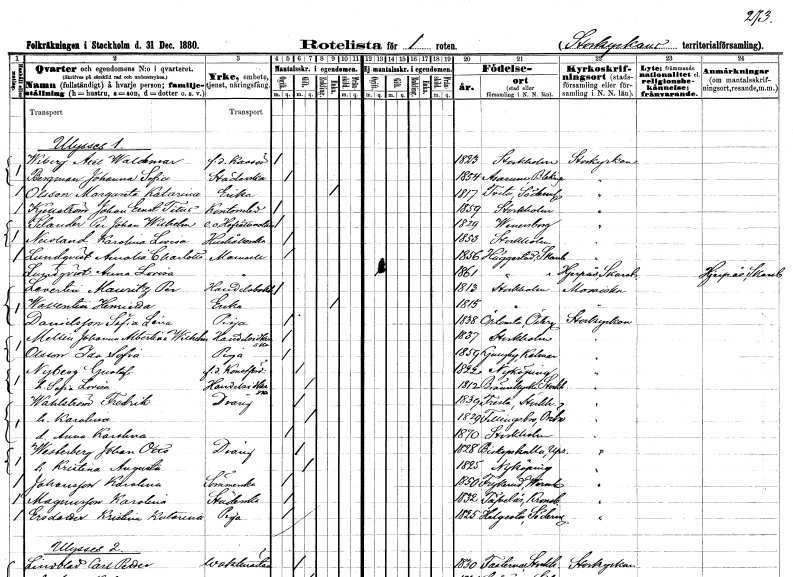
gt_parse: households: individuals: FN: Axel Waldemar
EN: Wiberg
YRKE: Kassör f.d.
KON: M
CIV: O
FODAR: 1823
FODFORS: Stockholm
FN: Johanna Sofia
EN: Bergman
YRKE: Städerska
KON: K
CIV: O
FODAR: 1854
FODFORS: Asarum Blekinge län
FN: Margareta Katarina
EN: Olsson
YRKE: Änka
KON: K
CIV: E
FODAR: 1817
FODFORS: Tveta Stockholms län
FN: Johan Ernst Titus
EN: Kjellström
YRKE: Kontorselev
KON: M
CIV: O
FODAR: 1859
FODFORS: Stockholm
FN: Per Johan Wilhelm
EN: Schlauder
YRKE: Hovrättsnotarie e. o.
KON: M
CIV: O
FODAR: 1819
FODFORS: Vänersborg Älvsborgs län
FN: Karolina Lovisa
EN: Nervald
YRKE: Hushållerska
KON: K
CIV: O
FODAR: 1853
FODFORS: Stockholm
FN: Amalia Charlotta
EN: Lundqvist
KON: K
CIV: O
FODAR: 1856
FODFORS: Häggesled Skaraborgs län
FN: Anna Lovisa
EN: Lundqvist
KON: K
CIV: O
FODAR: 1861
FODFORS: Häggesled Skaraborgs län
FN: Mauritz Per
EN: Levertin
YRKE: Handelsbokhållare
KON: M
CIV: O
FODAR: 1813
FODFORS: Stockholm
FN: Henrika
EN: Wallentin
YRKE: Änka
KON: K
CIV: E
FODAR: 1815
FODFORS: Stockholm
FN: Sofia Lena
EN: Danielsson
YRKE: Piga
KON: K
CIV: O
FODAR: 1838
FODFORS: Örtomta Östergötlands län
FN: Johanna Albertina Wilhelmina
EN: Mellin
YRKE: Handelsidkerska
KON: K
CIV: O
FODAR: 1837
FODFORS: Stockholm
FN: Ida Sofia
EN: Olsson
YRKE: Piga
KON: K
CIV: O
FODAR: 1859
FODFORS: Ljungby Kalmar län
FN: Gustaf
EN: Nyberg
YRKE: Konstförvandt f.d.
KON: M
CIV: G
FODAR: 1822
FODFORS: Nyköping Södermanlands län
FN: Sofia Lovisa
YRKE: Handelsidkerska
KON: K
CIV: G
FODAR: 1812
FODFORS: Brännkyrka Stockholms län
FN: Fredrik
EN: Wahlström
YRKE: Dräng
KON: M
CIV: G
FODAR: 1839
FODFORS: Fresta Stockholms län
FN: Karolina
KON: K
CIV: G
FODAR: 1829
FODFORS: Fellingsbro Örebro län
FN: Anna Karolina
KON: K
CIV: O
FODAR: 1870
FODFORS: Stockholm
FN: Johan Otto
EN: Westerberg
YRKE: Dräng
KON: M
CIV: G
FODAR: 1828
FODFORS: Biskopskulla Uppsala län
FN: Kristina Augusta
KON: K
CIV: G
FODAR: 1825
FODFORS: Nyköping Södermanlands län
FN: Karolina
EN: Johansson
YRKE: Sömmerska
KON: K
CIV: O
FODAR: 1850
FODFORS: Frykerud Värmlands län
FN: Karolina
EN: Magnusson
YRKE: Studerande
KON: K
CIV: O
FODAR: 1832
FODFORS: Tävelsås Kronobergs län
FN: Kristina Katarina
EN: Ersdotter
YRKE: Piga
KON: K
CIV: O
FODAR: 1825
FODFORS: Helgesta Södermanlands län